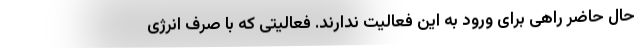
حال حاضر راهی برای ورود به این فعالیت ندارند. فعالیتی که با صرف انرژی